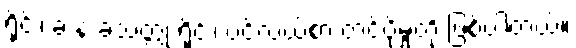
ရိုင်း၊ ခဲ နဲ့ ခဲသတ္တု ရိုင်း၊ ပင်လယ်စာ တင်ပို့မှုတို့ ဖြစ်ပါတယ်။